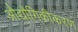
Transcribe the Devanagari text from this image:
औद्यौगिकीकरण